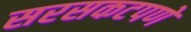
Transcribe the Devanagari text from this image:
सरसकटपणे